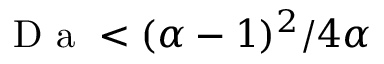
\mathrm { ~ D ~ a ~ } < ( \alpha - 1 ) ^ { 2 } / 4 \alpha